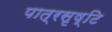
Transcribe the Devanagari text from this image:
पात्रसृष्टि